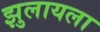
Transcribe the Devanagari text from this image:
झुलायला